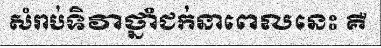
សំរាប់ទិវាថ្នាំជក់នាពេលនេះ គឺ